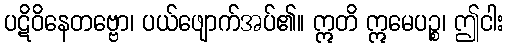
ပဋိဝိနေတဗ္ဗော၊ ပယ်ဖျောက်အပ်၏။ ဣတိ ဣမေပဉ္စ၊ ဤငါး